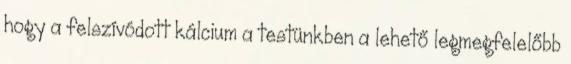
hogy a felszívódott kálcium a testünkben a lehető legmegfelelőbb